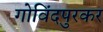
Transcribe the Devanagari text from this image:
गोविंदपुरकर